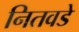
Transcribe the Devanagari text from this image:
नितवडे